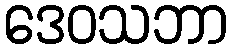
ဒေဝသဘာ